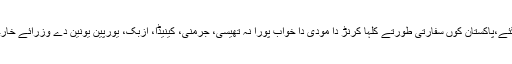
16 فروری (اے پی پی) وزیر خارجہ شاہ محمود قریشی آکھیے جو بھارتی ایجنڈا مٹی سُوا تھی گئے،پاکستان کوں سفارتی طورتے کلہا کرنڑ دا مودی دا خواب پورا نہ تھیسی، جرمنی، کینیڈا، ازبک، یورپین یونین دے وزرائے خارجہ اتے افغان صدرنال ملاقاتاں اچ پاکستان کوں کلہا کرنڑ دا بھارتی ایجنڈامٹی تے سُوا تھی گئے۔